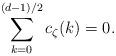
LaTeX: \begin{align*}\sum_{k=0}^{(d-1)/2}c_\zeta(k)=0.\end{align*}